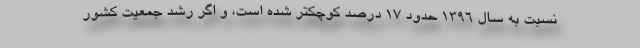
نسبت به سال ١٣٩٦ حدود ۱۷ درصد كوچكتر شده است، و اگر رشد جمعیت کشور